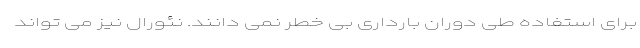
برای استفاده طی دوران بارداری بی خطر نمی دانند. نئورال نیز می تواند